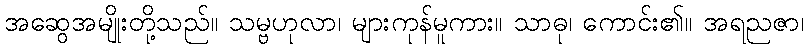
အဆွေအမျိုးတို့သည်။ သမ္ဗဟုလာ၊ များကုန်မူကား။ သာဓု၊ ကောင်း၏။ အရညဇာ၊